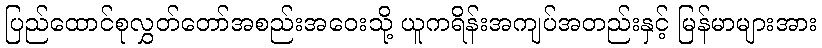
ပြည်ထောင်စုလွှတ်တော်အစည်းအဝေးသို့ ယူကရိန်းအကျပ်အတည်းနှင့် မြန်မာများအား